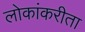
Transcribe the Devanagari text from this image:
लोकांकरीता